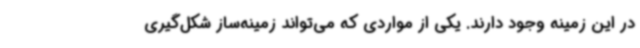
در این زمینه وجود دارند. یکی از مواردی که می‌تواند زمینه‌ساز شکل‌گیری